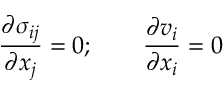
\frac { \partial \sigma _ { i j } } { \partial x _ { j } } = 0 ; \qquad \frac { \partial v _ { i } } { \partial x _ { i } } = 0